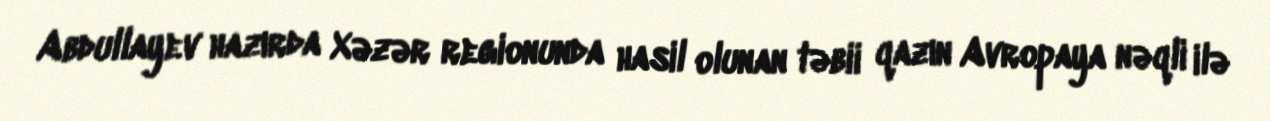
Abdullayev hazırda Xəzər regionunda hasil olunan təbii qazın Avropaya nəqli ilə